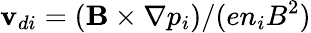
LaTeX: \mathbf{v}_{di}=(\mathbf{B}\times\nabla p_{i})/(en_{i}B^{2})